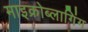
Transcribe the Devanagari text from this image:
माइक्रोब्लागिंग